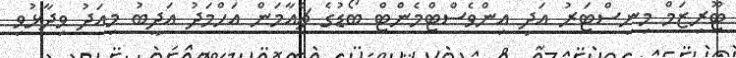
ޓޫރިޒަމް މިނިސްޓަރު އަދި އިންވެސްޓްމެންޓް ބޯޑުގެ ޗެއާމަން އަހްމަދު އަދީބު މިއަދު ވިދާޅުވި